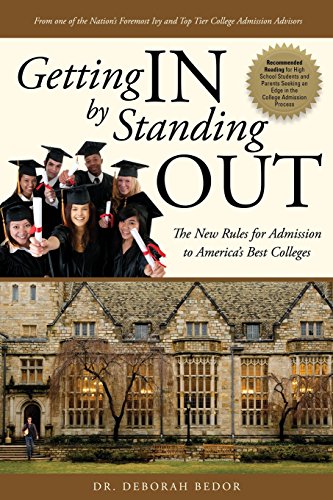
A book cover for Getting IN by Standing OUT: The New Rules for Admission to America's Best Colleges; Dr. Deborah Bedor; Test Preparation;